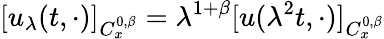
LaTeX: [u_{\lambda}(t,\cdot)]_{C_{x}^{0,\beta}}=\lambda^{1+\beta}[u(\lambda^{2}t,\cdot)]_{C_{x}^{0,\beta}}